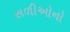
સળીઓનો